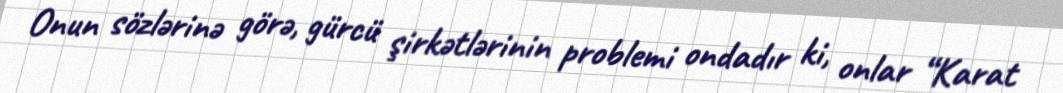
Onun sözlərinə görə, gürcü şirkətlərinin problemi ondadır ki, onlar “Karat